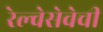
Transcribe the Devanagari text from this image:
रेल्वेसेवेची